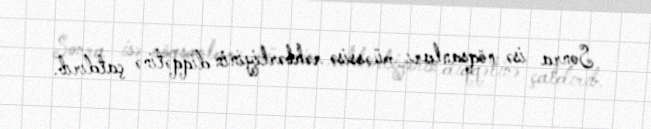
Sonra isə nöqsanları müəssisə rəhbərliyinin diqqətinə çatdırıb.